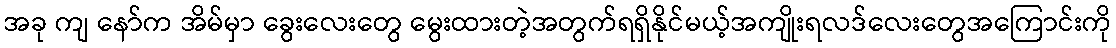
အခု ကျ နော်က အိမ်မှာ ခွေးလေးတွေ မွေးထားတဲ့အတွက်ရရှိနိုင်မယ့်အကျိုးရလဒ်လေးတွေအကြောင်းကို